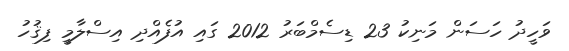
ވަހީދު ހަސަން މަނިކު 23 ޑިސެމްބަރު 2012 ގައި އުފެއްދި އިސްލާމީ ފިޤުހު